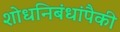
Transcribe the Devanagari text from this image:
शोधनिबंधांपैकी